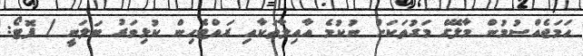
ހަމަޖެއްސުމުން މާލޭގެ މަގުތަކަށް ނުކުމެ އާއިލާތަކާއި ރައްޓެހިން ކުޅިވަރު ބަލަނީ / ފޮޓޯ: